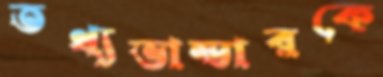
তথ্যভান্ডারকে